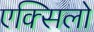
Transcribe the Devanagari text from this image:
एक्सिलो